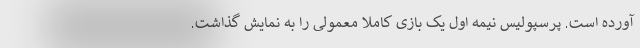
آورده است. پرسپولیس نیمه اول یک بازی کاملاً معمولی را به نمایش گذاشت.